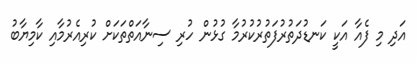
އަދި މި ފެއާ އަކީ ކަނޑުދަތުރުފަތުރުކުރުމާ ގުޅުން ހުރި ސިނާއަތްތަކަށް ކުރިއެރުމާއި ކާމިޔާބު